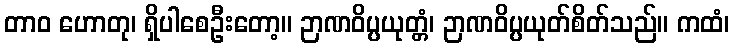
တာဝ ဟောတု၊ ရှိပါစေဦးတော့။ ဉာဏဝိပ္ပယုတ္တံ၊ ဉာဏဝိပ္ပယုတ်စိတ်သည်။ ကထံ၊